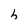
Character: h